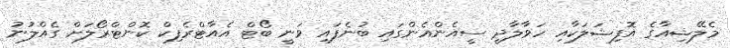
މެލޭޝިއާގެ އޮފިޝަލަކާއި ހަވާލާދީ ސީއެންއެންގައި ބުނެފައި ވަނީ ބޯޓް އެއާޓްރެފިކް ކޮންޓްރޯލަށް ގެއްލުނު